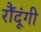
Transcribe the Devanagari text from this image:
रौंदूंगी